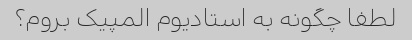
لطفا چگونه به استادیوم المپیک بروم؟